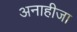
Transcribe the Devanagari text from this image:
अनाहीजा